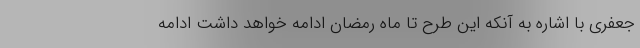
جعفری با اشاره به آنکه این طرح تا ماه رمضان ادامه خواهد داشت ادامه